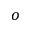
^ o